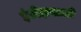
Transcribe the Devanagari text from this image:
इंडीझसाठी